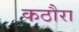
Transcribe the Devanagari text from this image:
कठौरा